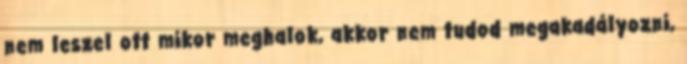
nem leszel ott mikor meghalok, akkor nem tudod megakadályozni,